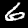
Label: 6